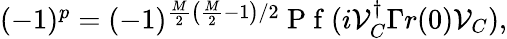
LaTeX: \begin{array}{r}{(-1)^{p}=(-1)^{\frac{M}{2}\left(\frac{M}{2}-1\right)/2}\mathrm{~P~f~}(i\mathcal{V}_{C}^{\dagger}\Gamma r(0)\mathcal{V}_{C}),}\end{array}